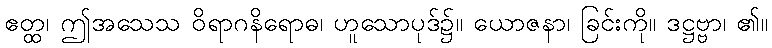
ဧတ္ထ၊ ဤအသေသ ဝိရာဂနိရောဓ၊ ဟူသောပုဒ်၌။ ယောဇနာ၊ ခြင်းကို။ ဒဋ္ဌဗ္ဗာ၊ ၏။